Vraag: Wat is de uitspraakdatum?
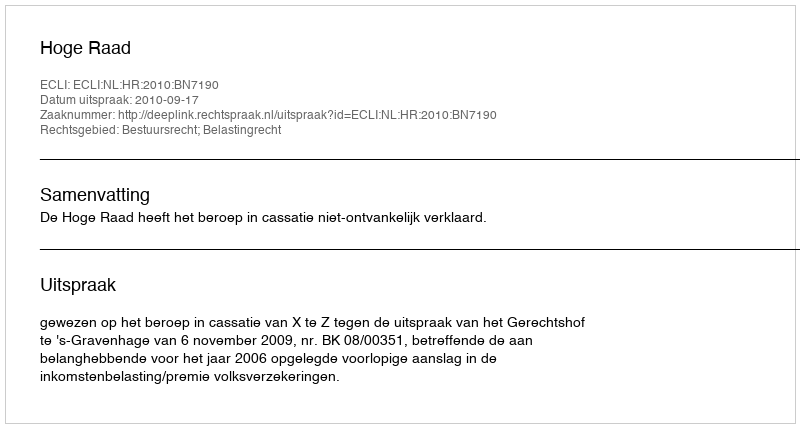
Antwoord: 2010-09-17